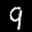
Label: 9